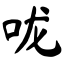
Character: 咙